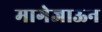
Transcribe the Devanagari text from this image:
मागेजाऊन